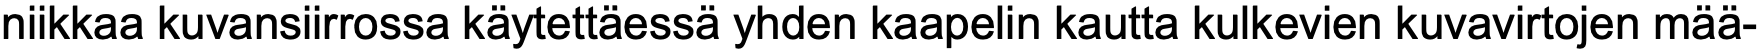
niikkaa kuvansiirrossa käytettäessä yhden kaapelin kautta kulkevien kuvavirtojen mää-